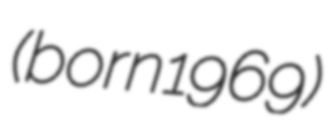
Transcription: (born 1969)